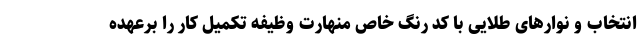
انتخاب و نوارهای طلایی با کد رنگ خاص منهارت وظیفه تکمیل کار را برعهده